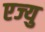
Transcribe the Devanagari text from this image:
एज्‍यु